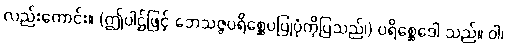
လည်းကောင်း။ (ဤပါဌ်ဖြင့် ဘေသဇ္ဇပရိစ္ဆေပပြုပုံကိုပြသည်၊) ပရိစ္ဆေဒေါ သည်။ ဝါ၊